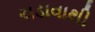
ચડાવાથી